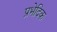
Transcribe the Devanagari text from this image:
प्रभेदिक